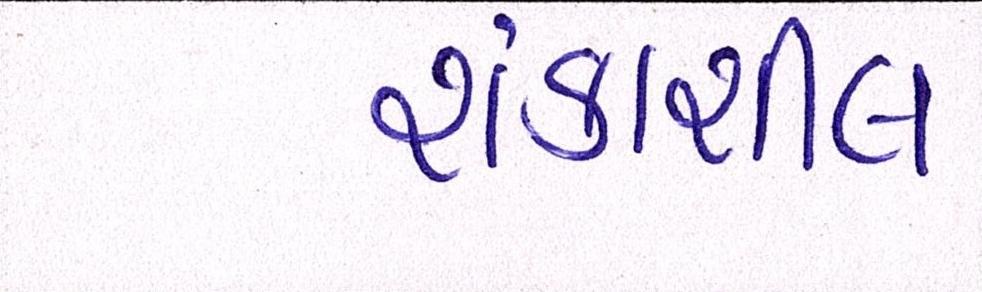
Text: શંકાશીલ